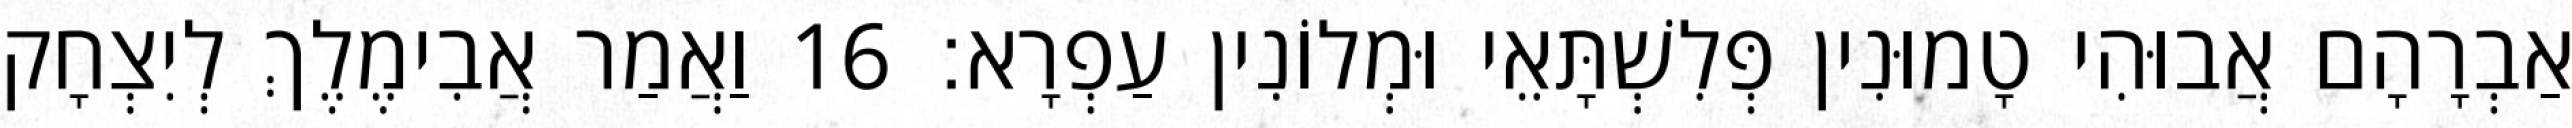
אַבְרָהָם אֲבוּהִי טָמוּנִין פְּלִשְׁתָּאֵי וּמְלוֹנִין עַפְרָא׃ 16 וַאֲמַר אֲבִימֶלֶךְ לְיִצְחָק